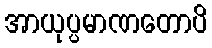
အာယုပ္ပမာဏတောပိ